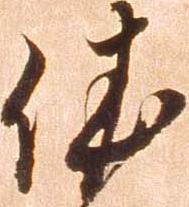
依